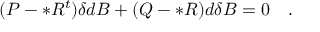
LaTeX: ( P - * R ^ { t } ) \delta d B + ( Q - * R ) d \delta B = 0 \quad .